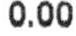
0.00